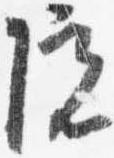
院